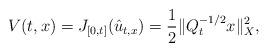
LaTeX: \begin{align*}V(t,x) =J_{[0,t]}(\hat u_{t,x}) =\frac12 \|Q^{-1/2}_t x\|_X^2,\end{align*}